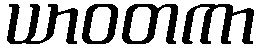
ယာဝတကာ